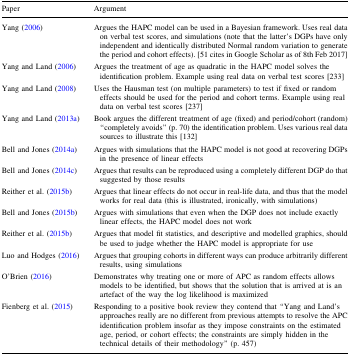
<table><thead><tr><td><b>Paper</b></td><td><b>Argument</b></td></tr></thead><tbody><tr><td>Yang (2006)</td><td>Argues the HAPC model can be used in a Bayesian framework. Uses real data on verbal test scores, and simulations (note that the latter’s DGPs have only independent and identically distributed Normal random variation to generate the period and cohort effects). [51 cites in Google Scholar as of 8th Feb 2017]</td></tr><tr><td>Yang and Land (2006)</td><td>Argues the treatment of age as quadratic in the HAPC model solves the identification problem. Example using real data on verbal test scores [233]</td></tr><tr><td>Yang and Land (2008)</td><td>Uses the Hausman test (on multiple parameters) to test if fixed or random effects should be used for the period and cohort terms. Example using real data on verbal test scores [237]</td></tr><tr><td>Yang and Land (2013a)</td><td>Book argues the different treatment of age (fixed) and period/cohort (random) “completely avoids” (p. 70) the identification problem. Uses various real data sources to illustrate this [132]</td></tr><tr><td>Bell and Jones (2014a)</td><td>Argues with simulations that the HAPC model is not good at recovering DGPs in the presence of linear effects</td></tr><tr><td>Bell and Jones (2014c)</td><td>Argues that results can be reproduced using a completely different DGP do that suggested by those results</td></tr><tr><td>Reither et al. (2015b)</td><td>Argues that linear effects do not occur in real-life data, and thus that the model works for real data (this is illustrated, ironically, with simulations)</td></tr><tr><td>Bell and Jones (2015b)</td><td>Argues with simulations that even when the DGP does not include exactly linear effects, the HAPC model does not work</td></tr><tr><td>Reither et al. (2015b)</td><td>Argues that model fit statistics, and descriptive and modelled graphics, should be used to judge whether the HAPC model is appropriate for use</td></tr><tr><td>Luo and Hodges (2016)</td><td>Argues that grouping cohorts in different ways can produce arbitrarily different results, using simulations</td></tr><tr><td>O’Brien (2016)</td><td>Demonstrates why treating one or more of APC as random effects allows models to be identified, but shows that the solution that is arrived at is an artefact of the way the log likelihood is maximized</td></tr><tr><td>Fienberg et al. (2015)</td><td>Responding to a positive book review they contend that “Yang and Land’s approaches really are no different from previous attempts to resolve the APC identification problem insofar as they impose constraints on the estimated age, period, or cohort effects; the constraints are simply hidden in the technical details of their methodology” (p. 457)</td></tr></tbody></table>